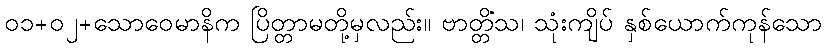
၀၁+၀၂+သောဝေမာနိက ပြိတ္တာမတို့မှလည်း။ ဗာတ္တိံသ၊ သုံးကျိပ် နှစ်ယောက်ကုန်သော